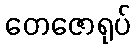
တေဇောရုပ်